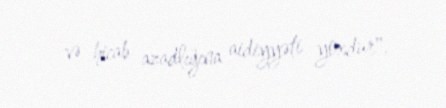
və hicab azadlığına aidiyyəti yoxdur".